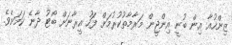
ޒިންހުއާ އިން ބުނީ އިންޖީން މަރާމާތުކުރުމަށް ފަހު އީރާނަށް ބޯޓު ދާނެ ކަމަށެވެ.